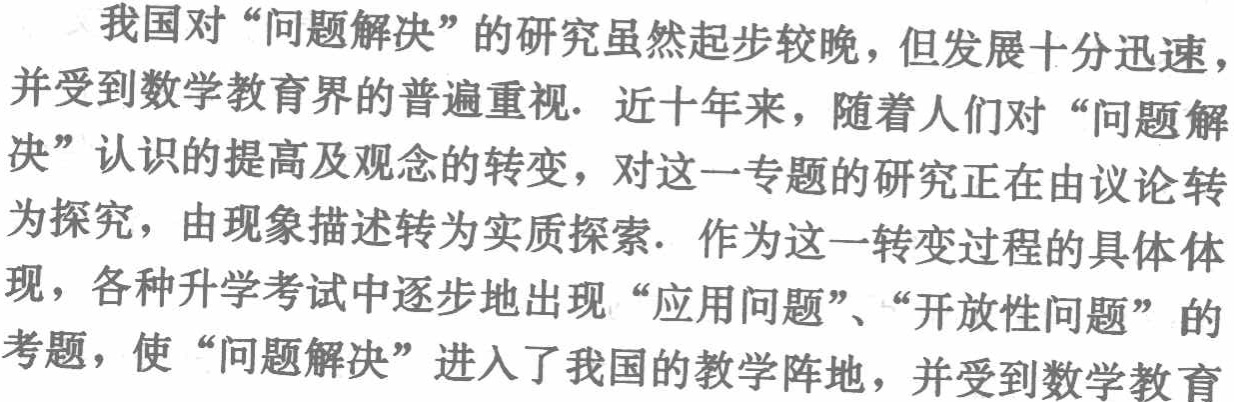
我国对“问题解决”的研究虽然起步较晚，但发展十分迅速，
并受到数学教育界的普遍重视. 近十年来，随着人们对“问题解
决”认识的提高及观念的转变，对这一专题的研究正在由议论转
为探究，由现象描述转为实质探索. 作为这一转变过程的具体体
现，各种升学考试中逐步地出现“应用问题”、“开放性问题”的
考题，使“问题解决”进入了我国的教学阵地，并受到数学教育